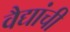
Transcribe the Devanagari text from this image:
वैद्यांची